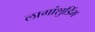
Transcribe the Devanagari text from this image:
लागांशुडिंभ